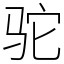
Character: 驼